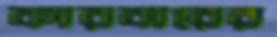
কারবারের